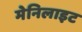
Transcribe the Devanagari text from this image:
मेनिलाइट